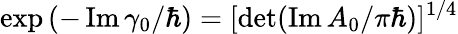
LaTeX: \exp\left(-\operatorname{Im}\gamma_{0}/\hbar\right)=[\operatorname*{det}(\operatorname{Im}A_{0}/\pi\hbar)]^{1/4}